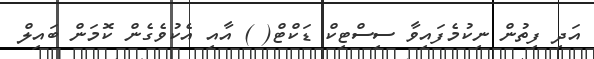
އަދި ފިތުން ނިކުމެފައިވާ ސިސްޓިކް ޑަކްޓް( ) އާއި އެކުވެގެން ކޮމަން ބައިލް